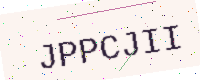
Text: JPPCJII